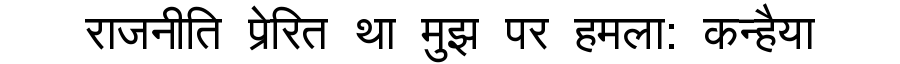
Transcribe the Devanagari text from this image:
राजनीति प्रेरित था मुझ पर हमला: कन्हैया